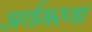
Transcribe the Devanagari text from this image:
अर्थभरणा